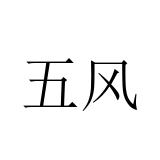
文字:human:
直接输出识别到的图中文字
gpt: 五风